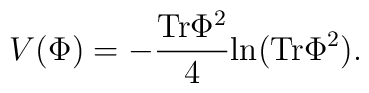
V(\Phi) = -{{\rm Tr}\Phi^2\over 4} {\rm ln}( {\rm Tr}\Phi^2).